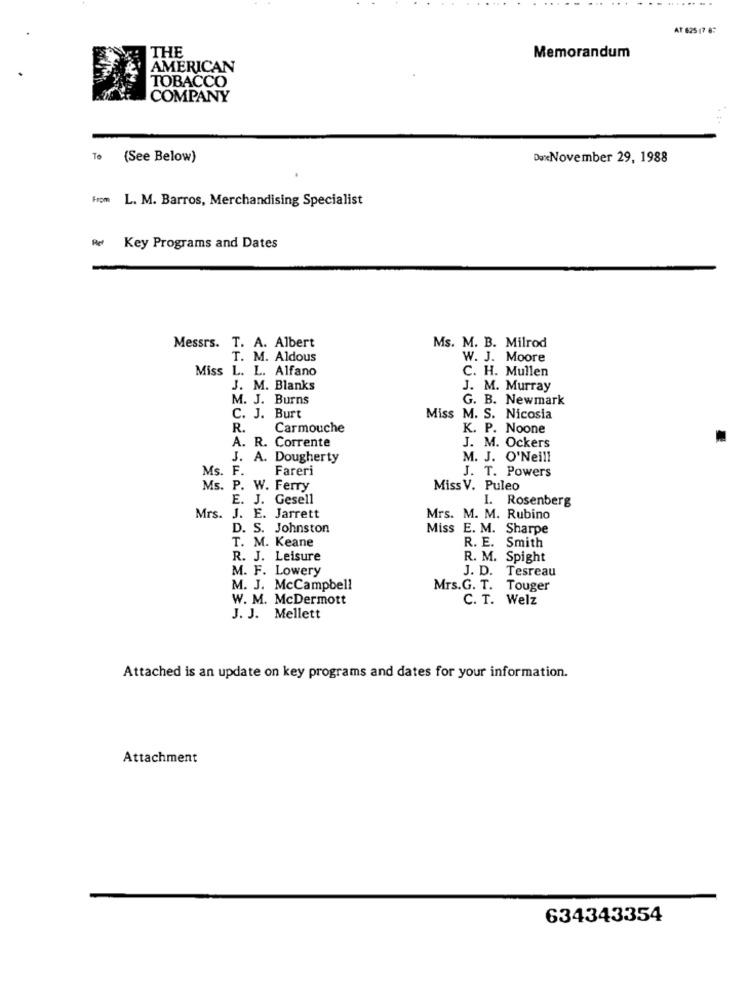
....
AT 625 (7 6:
THE
Memorandum
AMERICAN
TOBACCO
COMPANY
To
(See Below)
DaxNovember 29, 1988
From L. M. Barros, Merchandising Specialist
Re Key Programs and Dates
Messrs. T. A. Albert
Ms. M. B. Milrod
T. M. Aldous
W. J. Moore
Miss L. L. Alfano
C. H. Mullen
J. M. Blanks
J. M. Murray
M. J. Burns
G. B. Newmark
C. J. Burt
Miss M. S. Nicosia
R.
Carmouche
K. P. Noone
A. R. Corrente
J. M. Ockers
J. A. Dougherty
M. J. O'Neill
Ms. F.
Fareri
J. T. Powers
Ms. P. W. Ferry
Miss V. Puleo
E. J. Gesell
I. Rosenberg
Mrs. J. E. Jarrett
Mrs. M. M. Rubino
D. S. Johnston
Miss E. M. Sharpe
T. M. Keane
R. E. Smith
R. J. Leisure
R. M. Spight
M. F. Lowery
J. D. Tesreau
M. J. McCampbell
Mrs.G. T. Touger
W. M. McDermott
C. T. Welz
J. J. Mellett
Attached is an update on key programs and dates for your information.
Attachment
634343354